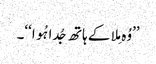
’’وُہ مِلا کے ہاتھ جُدا ہُوا‘‘۔